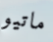
ماتيو